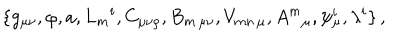
\{ g _ { \mu \nu } , \varphi , a , L _ { m } { } ^ { i } , C _ { \mu \nu \rho } , B _ { m \, \mu \nu } , V _ { m n \, \mu } , A ^ { m } { } _ { \mu } , \psi _ { \mu } ^ { i } , \lambda ^ { i } \} \, ,